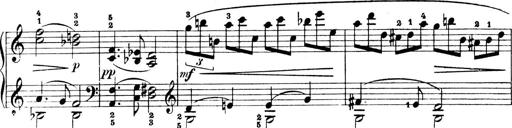
Title: 4 Sonatines
Composer: Max Reger